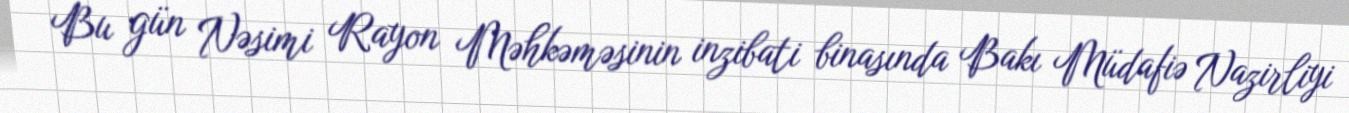
Bu gün Nəsimi Rayon Məhkəməsinin inzibati binasında Bakı Müdafiə Nazirliyi